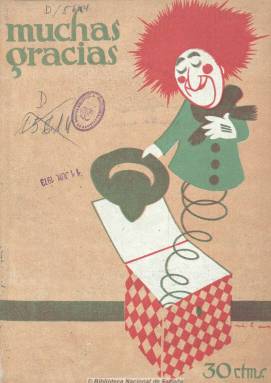
Título: Muchas gracias (Madrid)
Colección: Revistas satíricas y humorísticas
Ámbito geográfico: Madrid
Lugar de publicación: Madrid
Fechas: 02/02/1924-20/02/1932

Revista de humor que muy pronto se convirtió en una de las más populares que se publicaron en los años veinte del siglo XX, considerada una auténtica edad de oro de este tipo de publicaciones, fundada y dirigida por el volteriano y republicano escritor y editor Artemio Precioso (1891-1945), en la que aglutinó a un copioso número de escritores, dibujantes, ilustradores, caricaturistas y humoristas. Aparece el dos de febrero de 1924, siguiendo la estela de La gracia (1923-1924) y como heredera de La vida (1923), y compitiendo con Flirt (1922-1925), ¡Oiga! (1924), KchT (1924), ¡Oh, la, lá! (1924), Gutiérrez (1927-1934), y sobre todo con Cosquillas (1926-1927) y Buen humor (1921-1931). Comenzó siendo una revista dentro del más puro estilo sicalíptico y festivo para pasar pronto a ofrecer un fino humor erótico cubierto de finísima pátina de ironía amatoria, tal como señala José María López Ruiz.

Subtitulada “revista cómico satírica” aparecía todos los sábados en entregas de veinte páginas y al precio de 30 céntimos el ejemplar, publicando a final de año un número almanaque en el que duplicaba su paginación. Combinaba los textos con las ilustraciones, y al final de la dictadura primoriverista fue aumentando la presencia de imágenes fotográficas de chicas desnudas, diminuyendo las dibujadas, y en detrimento también de los chistes, caricaturas, tiras cómicas o historietas. Aún así, la cubierta y contracubierta fueron en todo momento ocupadas por dibujos de mujeres estilizadas, siempre estampados a varias tintas, con un breve texto al pie, escrito en tono ligero y festivo. La revista estuvo dirigida a un público de lectores masculinos jóvenes, y a juicio de Julián Moreno Prieto, explotó los tópicos de la mujer moderna a través una figura estilizada, aspecto andrógino, coqueta, inconsciente y sexualmente precoz.

Algunas de sus secciones se titulan “La semana humorística”, “Dimes y diretes”, “Mentidero político”, “Mujeres en la literatura”, “Estampas galantes”, “Academia de belleza”, “Bellezas mundiales”, “Consultorio íntimo”, “Mujeres guapas” o “Concurso de piropos”. Sus textos tienen un estilo en el que se mezcla el tono ligero y el amatorio y pícaro, junto con el chascarrillo político, costumbrista y social. Publica cuentos y narraciones breves, semblanzas de escritores o de estrellas del espectáculo, etc. Los asuntos son variados: sobre el mundo del espectáculo, especialmente el teatral, pero también de deportes, literatura, escritores, artistas, estrellas de cine, sociedad, asuntos amatorios, etc. Como revista que nace y se asienta en plena dictadura primoriverista es refugio de escritores y periodistas que se ven obligados, además de dar un giro a sus propios estilos, a saber vadear la censura militar.

Sus colaboraciones están escritas con bastante calidad literaria y sus ilustraciones son de excelente factura artística. Para las primeras contó, entre otros muchos, con las firmas del propio Artemio Precioso, así como con las de Eduardo Zamacois, Joaquín Belda, Pedro Muñoz Seca, Julio Camba, Mariano Benlliure y Tuero, Luis de Tapia, Mariano Tomás, Juan Ferragut, Juan Pérez Zúñiga, Fernando Mora Martínez, Fidel Prado, Alfonso Vidal y Planas, Rafael López de Haro, Antonio Casero, Carlos Esplá, Wenceslao Fernández Flórez, José Luis Salado, Alejandro Núñez Alonso, Luis de Oteiza, José Bruno, Alberto Insúa, Ceferino R. Avecilla, José Briones, Emilio Carrere, Enrique Esteban de Vera, Ramón Gómez de la Serna, S. Vicente Díaz de Tejada o Felipe Sassone, que utilizó también el seudónimo Caramillo, siendo utilizados otros seudónimos para la ocultación del nombre de otros escritores. Kurro Kastañares tuvo una sección de toros bajo el título “The kon leche”, el mismo que había tenido la revista que había dirigido entre 1912 y 1916.

Los dibujantes, caricaturistas e ilustradores que colaboran en la revista son también numerosísimos. Destaca entre ellos Demetrio López Vargas (1885-1959) y Díaz-Antón, que fue el responsable de las historietas protagonizadas por el personaje “Incórdiez”, y publica sus primeras historietas y textos un entonces joven Miguel Mihura (1905-1977), cuya firma desaparece de sus páginas en septiembre de 1926, al pasar a la revista Cosquillas (1926-1927). Entre las firmas de estos aparecen las de Aguilera, Alloza, J. Amorós, Bellón, Bluff, Antonio Casero (hijo), A.R. de la Cuadra, Delgado, Durabat, Luis Enciso, Escudero, Manuel Garrido, F. Gazo, Gros, Ferrer Sama, Gallardo, Enrique Herreros, Germán Horacio, Lucio López Rey, Moliné, Ochoa, Ramírez, José Picó, Pimp-Pérez, Pingarrón, Rafael de Penagos, A. Pluma, Pomareda, Puig, Pumariño, Manuel Redondo, René Ferragut, Salinas, Gastón, Manuel Tovar, Urda, Vázquez Callejo, José de Zamora, Boos, Esteban, Bussy, Thony, Haye, Óscar, Xaudaró, Sileno, Ferrer Sama, Bosch, Masberger, Ferxama, Enrique Povedano, Juan López Núñez, Vicente Díez de Tejada, Enrique García Álvarez, Antonio Solís Ávila, Mel (Manuel Sierra Laffite) y Luis Esteban Matamala, que firma como Esteban o como Matamala, etc.

Tanto sus colaboradores literarios como artísticos también trabajarán indistintamente en otras publicaciones del mismo carácter de su tiempo, como es el caso de Gómez de la Serna, Belda, K-Hito, Tono, Bluff o Esteso, o pasan del dibujo a la literatura, como es el caso de Tono.

Destacan también las fotografías de Walken, que se especializó en desnudos y retratos de artistas. Otro de sus fotógrafos fue Mendoza, y publicó otras procedentes de las agencias de las productoras de Hollywood y París, de artistas y actrices del mundo del cine.

El enfrentamiento del dictador Miguel Primo de Rivera (1870-1930) con Precioso obligó a éste a emigrar a París en 1927 desde donde pudo seguir dirigiendo su entramado de editoriales, entre ellas la Compañía Iberoamericana de Publicaciones (CIAP), apareciendo José S. Santonja como director al final de la vida de Muchas gracias, que fue una de las humorísticas y galantes más longevas de su tiempo, correspondiendo el último número de la colección al 20 de febrero de 1932.